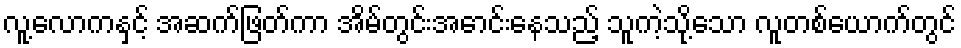
လူ့လောကနှင့် အဆက်ဖြတ်ကာ အိမ်တွင်းအောင်းနေသည့် သူကဲ့သို့သော လူတစ်ယောက်တွင်